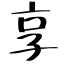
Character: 享